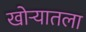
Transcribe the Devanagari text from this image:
खोर्‍यातला